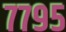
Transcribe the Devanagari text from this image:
७७९५